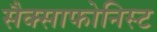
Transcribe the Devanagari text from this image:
सैक्साफोनिस्ट